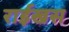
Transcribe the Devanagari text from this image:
राईखस